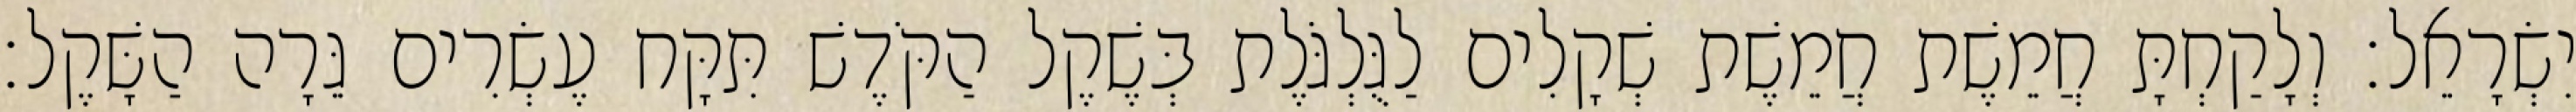
יִשְׂרָאֵל׃ וְלָקַחְתָּ חֲמֵשֶׁת חֲמֵשֶׁת שְׁקָלִים לַגֻּלְגֹּלֶת בְּשֶׁקֶל הַקֹּדֶשׁ תִּקָּח עֶשְׂרִים גֵּרָה הַשָּׁקֶל׃